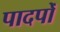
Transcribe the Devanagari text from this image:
पादपोँ